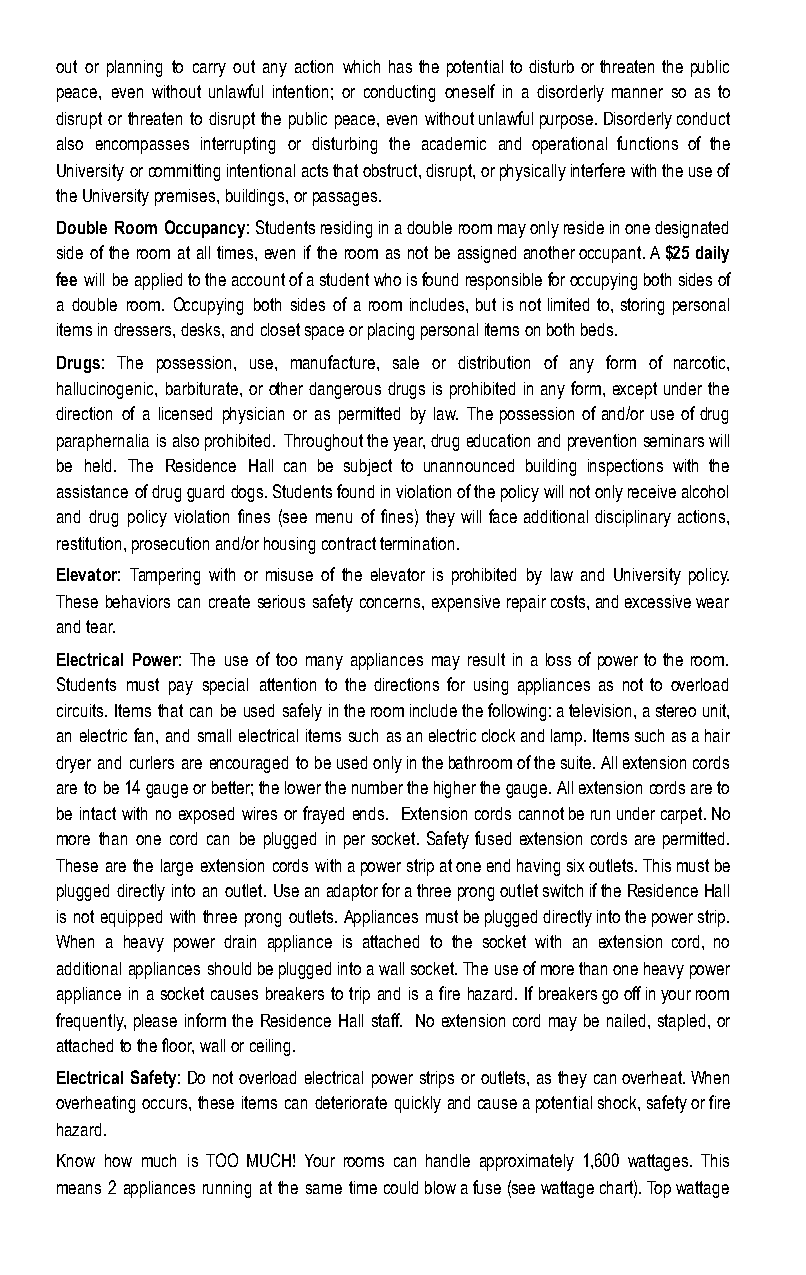
out or planning to carry out any action which has the potential to disturb or threaten the public
 peace, even without unlawful intention; or conducting oneself in a disorderly manner so as to
 disrupt or threaten to disrupt the public peace, even without unlawful purpose. Disorderly conduct
 also encompasses interrupting or disturbing the academic and operational functions of the
 University or committing intentional acts that obstruct, disrupt, or physically interfere with the use of
 the University premises, buildings, or passages.
 Double Room Occupancy: Students residing in a double room may only reside in one designated
 side of the room at all times, even if the room as not be assigned another occupant. A $25 daily
 fee will be applied to the account of a student who is found responsible for occupying both sides of
 a double room. Occupying both sides of a room includes, but is not limited to, storing personal
 items in dressers, desks, and closet space or placing personal items on both beds.
 Drugs: The possession, use, manufacture, sale or distribution of any form of narcotic,
 hallucinogenic, barbiturate, or other dangerous drugs is prohibited in any form, except under the
 direction of a licensed physician or as permitted by law. The possession of and/or use of drug
 paraphernalia is also prohibited. Throughout the year, drug education and prevention seminars will
 be held. The Residence Hall can be subject to unannounced building inspections with the
 assistance of drug guard dogs. Students found in violation of the policy will not only receive alcohol
 and drug policy violation fines (see menu of fines) they will face additional disciplinary actions,
 restitution, prosecution and/or housing contract termination.
 Elevator: Tampering with or misuse of the elevator is prohibited by law and University policy.
 These behaviors can create serious safety concerns, expensive repair costs, and excessive wear
 and tear.
 Electrical Power : The use of too many appliances may result in a loss of power to the room.
 Students must pay special attention to the directions for using appliances as not to overload
 circuits. Items that can be used safely in the room include the following: a television, a stereo unit,
 an electric fan, and small electrical items such as an electric clock and lamp. Items such as a hair
 dryer and curlers are encouraged to be used only in the bathroom of the suite. All extension cords
 are to be 14 gauge or better; the lower the number the higher the gauge. All extension cords are to
 be intact with no exposed wires or frayed ends. Extension cords cannot be run under carpet. No
 more than one cord can be plugged in per socket. Safety fused extension cords are permitted.
 These are the large extension cords with a power strip at one end having six outlets. This must be
 plugged directly into an outlet. Use an adaptor for a three prong outlet switch if the Residence Hall
 is not equipped with three prong outlets. Appliances must be plugged directly into the power strip.
 When a heavy power drain appliance is attached to the socket with an extension cord, no
 additional appliances should be plugged into a wall socket. The use of more than one heavy power
 appliance in a socket causes breakers to trip and is a fire hazard. If breakers go off in your room
 frequently, please inform the Residence Hall staff. No extension cord may be nailed, stapled, or
 attached to the floor, wall or ceiling.
 Electrical Safety: Do not overload electrical power strips or outlets, as they can overheat. When
 overheating occurs, these items can deteriorate quickly and cause a potential shock, safety or fire
 hazard.
 Know how much is TOO MUCH! Your rooms can handle approximately 1,600 wattages. This
 means 2 appliances running at the same time could blow a fuse (see wattage chart). Top wattage